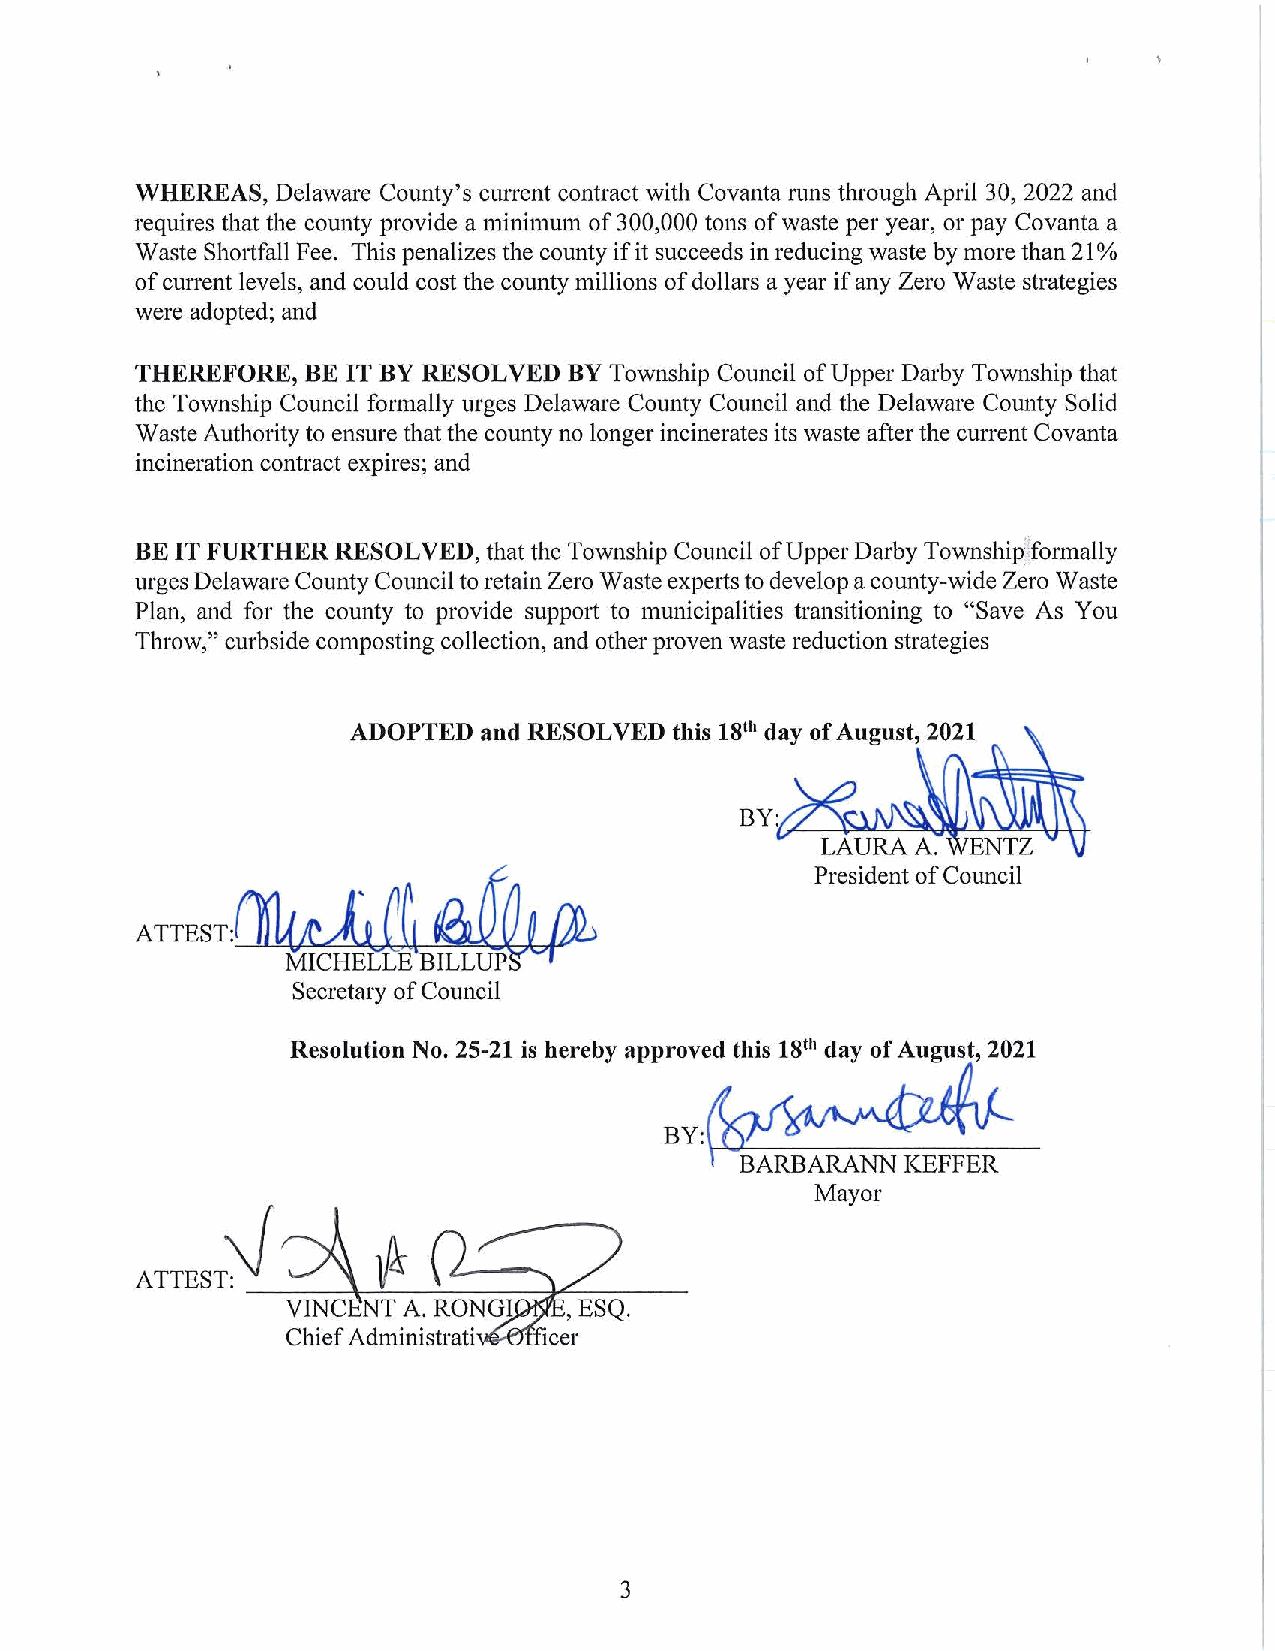
WHEREAS, Delaware County's current contract with Covanta runs through April 30, 2022 and
 requires that the county provide a minimum of 300,000 tons of waste per year, or pay Covanta a
 Waste Shortfall Fee. This penalizes the county if it succeeds in reducing waste by more than 21 %
 of current levels, and could cost the county millions of dollars a year if any Zero Waste strategies
 were adopted; and
 THEREFORE, BE IT BY RESOLVED BY Township Council of Upper Darby Township that
 the Township Council formally urges Delaware County Council and the Delaware County Solid
 Waste Authority to ensure that the county no longer incinerates its waste after the current Covanta
 incineration contract expires; and
 BE IT FURTHER RESOLVED, that the Township Council of Upper Darby Township:'formally
 urges Delaware County Council to retain Zero Waste experts to develop a county-wide Zero Waste
 Plan, and for the county to provide support to municipalities transitioning to "Save As You
 Throw," curbside composting collection, and other proven waste reduction strategies
 ADOPTED  and RESOLVED this 18th day of August, 2021
 President of Council
 Secretary of Council
 Resolution No. 25-21 is hereby app~:~           21
 BARBARANNKEFFER
 Mayor
 Chief Administrati
 3